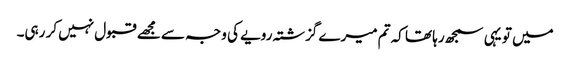
میں تو یہی سمجھ رہا تھا کہ تم میرے گزشتہ رویے کی وجہ سے مجھے قبول نہیں کر رہی۔